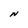
Character: N